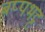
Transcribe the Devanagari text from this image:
बप्पभट्ट